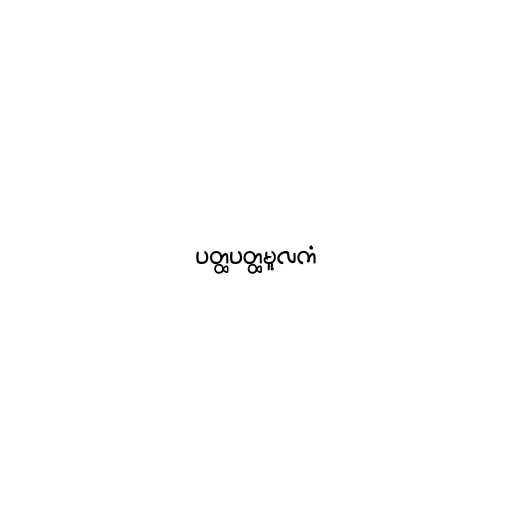
ပတ္ထပတ္ထမူလကံ